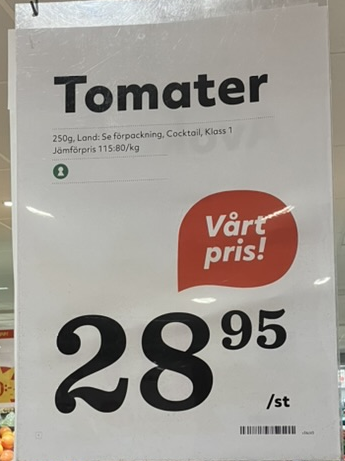
Vara: Tomater
Genomsnittspris: 28.95 per st